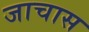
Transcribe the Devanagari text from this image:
जाचास